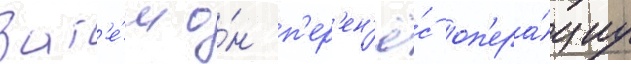
Зат'е́м о́н п'ер'ен'ё́с оп'ера́циу